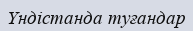
Үндістанда туғандар